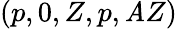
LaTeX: (p,0,Z,p,\mathit{A}Z)